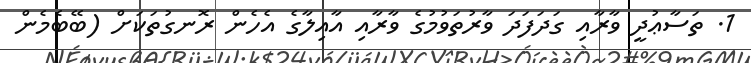
1. ތަސާޢުދީ ވާރާއި ގަދަފަދަ ވާރުތަވުމުގެ ވާރާއި އާއިލާގެ އެހެން ރޮނގުތަކަށް (ބޭބެމެން